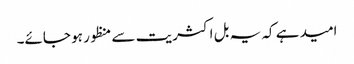
امید ہے کہ یہ بل اکثریت سے منظور ہو جائے۔